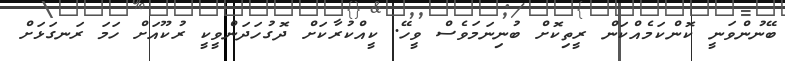
ބޭނުންވަނީ ކޮންކަމެއްކަން ރީތިކޮށް ބުނިނަމަވެސް ވީހޭ. ކީއްކުރާކަށް ދޮގުހަދަންވީކީ ރުކޫއަށް ހަމަ ރަނގަޅަށް